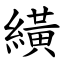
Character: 䌙